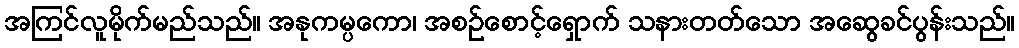
အကြင်လူမိုက်မည်သည်။ အနုကမ္ပကော၊ အစဉ်စောင့်ရှောက် သနားတတ်သော အဆွေခင်ပွန်းသည်။